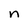
Character: n